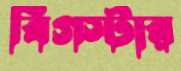
বিগস্টার